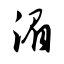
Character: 湄